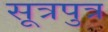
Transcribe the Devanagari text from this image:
सूत्रपुत्र